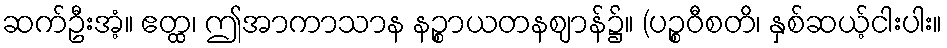
ဆက်ဦးအံ့။ ဧတ္ထ၊ ဤအာကာသာန နဉ္စာယတနဈာန်၌။ (ပဉ္စဝီစတိ၊ နှစ်ဆယ့်ငါးပါး။